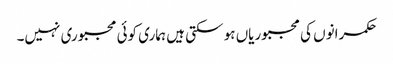
حکمرانوں کی مجبوریاں ہو سکتی ہیں ہماری کوئی مجبوری نہیں۔